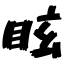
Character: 眩